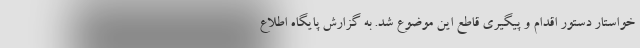
خواستار دستور اقدام و پیگیری قاطع این موضوع شد. به گزارش پایگاه اطلاع